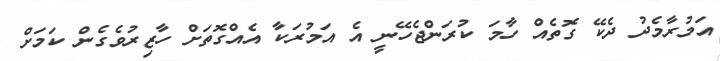
އަމުރާމެދު ދެކޭ ގޮތެއް ހާމަ ކުރަންޖެހޭނީ އެ އަމުރަކާ އެއްގޮތަށް ހާޒިރުވެގެން ކަމަށް